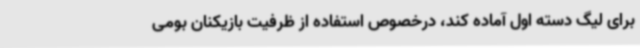
برای لیگ دسته اول آماده کند، درخصوص استفاده از ظرفیت بازیکنان بومی